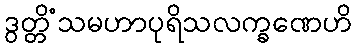
ဒွတ္တိံသမဟာပုရိသလက္ခဏေဟိ